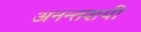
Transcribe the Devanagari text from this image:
अनन्तशयी